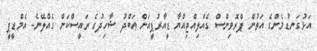
އަޅުގަނޑުމެންގެ އަތުން ޕްރޮވިންސް ގެއްލިއްޖިއްޔާ ޑީއާރުޕީއަށް ޢަބްދު ޝާހިދުގެ ރައީސްކަން ގެއްލޭނެ- އެމްޑީޕީ